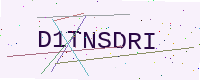
Text: D1TNSDRI